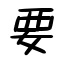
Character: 要